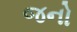
જનો